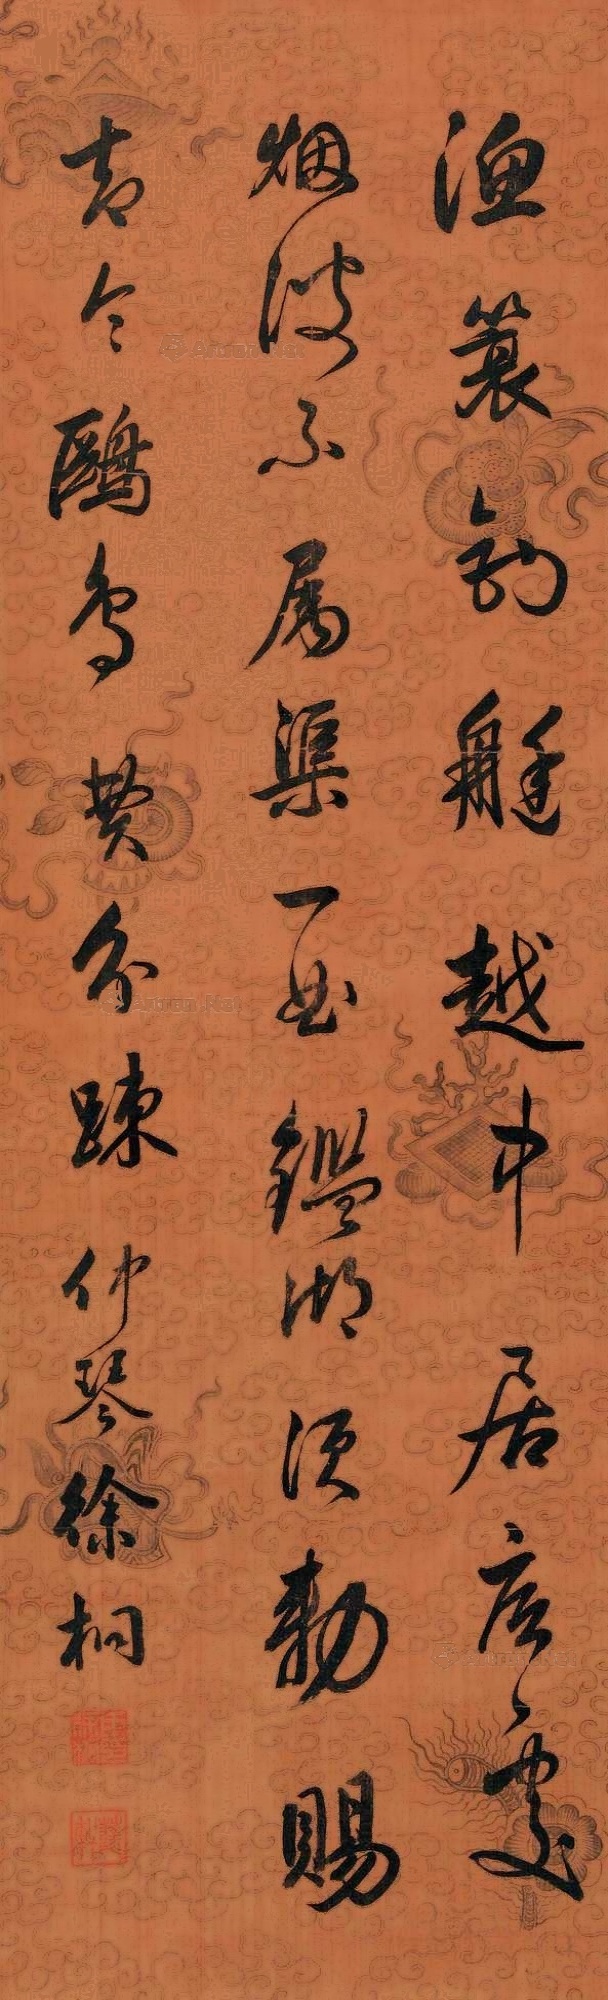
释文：渔蓑钓艇越中居，底处烟波不属渠。一曲鉴湖须敕赐，却令鸥鸟费分疏。仲琴徐桐。